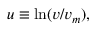
u \equiv \ln ( v / v _ { m } ) ,